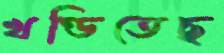
খণ্ডিতেছ